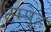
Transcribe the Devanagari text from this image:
टेम्पेह